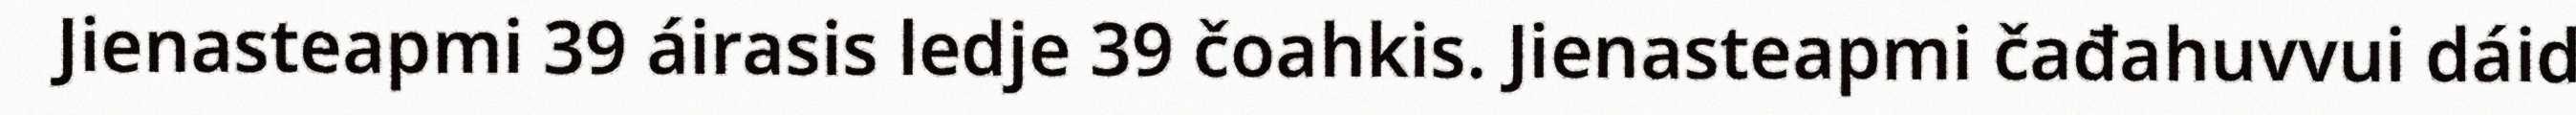
Jienasteapmi 39 áirasis ledje 39 čoahkis. Jienasteapmi čađahuvvui dáid